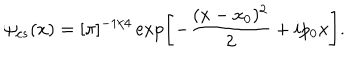
\psi _ { c s } ( x ) = [ \pi ] ^ { - 1 / 4 } \exp \left[ - \frac { ( x - x _ { 0 } ) ^ { 2 } } { 2 } + i p _ { 0 } x \right] .